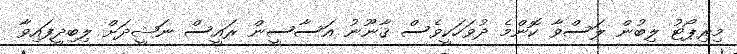
މިރިޕޯޓު ލިބުން ލަސްވާ ކޮންމެ ދުވަހަކީވެސް ޤާނޫނު އަސާސީން ރައީސް ނަޝީދަށް ލިބިދީފައިވާ